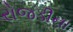
રોજડીના